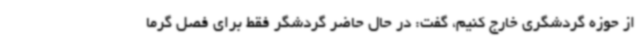
از حوزه گردشگری خارج کنیم، گفت: در حال حاضر گردشگر فقط برای فصل گرما